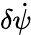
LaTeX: \delta\dot{\psi}